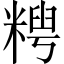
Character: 𫃈